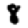
Digit: 8